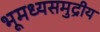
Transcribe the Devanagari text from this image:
भूमध्यसमुद्रीय